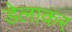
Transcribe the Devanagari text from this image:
डेलाकर